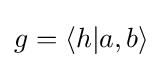
g=\langle h|a,b\rangle